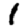
Digit: 1